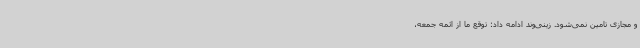
و مجازی تامین نمی‌شود. زینی‌وند ادامه داد: توقع ما از ائمه جمعه،